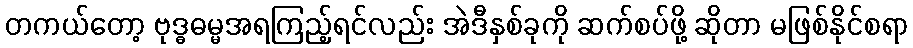
တကယ်တော့ ဗုဒ္ဓဓမ္မအရကြည့်ရင်လည်း အဲဒီနှစ်ခုကို ဆက်စပ်ဖို့ ဆိုတာ မဖြစ်နိုင်စရာ